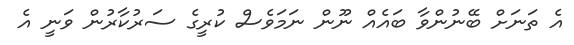
އެ ތަނަށް ބޭނުންވާ ބައެއް ނޫން ނަމަވެސް ކުރީގެ ސަރުކާރުން ވަނީ އެ